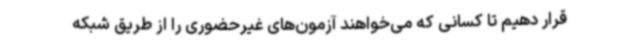
قرار دهیم تا کسانی که می‌خواهند آزمون‌های غیرحضوری را از طریق شبکه